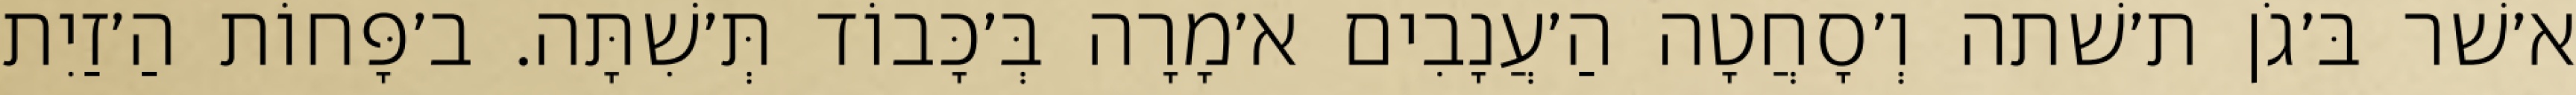
א׳שׁר בּ׳גֹן ת׳שׁתה וְ׳סָחֲטָה הַ׳עֲנָבִים א׳מָרָה בְּ׳כָּבוֹד תְּ׳שִׁתָּה. ב׳פָּחוֹת הַ׳זַיִת